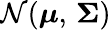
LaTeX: {\mathcal{N}}({\boldsymbol{\mu}},\, {\boldsymbol{\Sigma}})